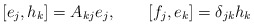
\begin{align*}\left[ e_j,h_k \right]=A_{kj}e_j,\qquad \left[ f_j,e_k\right]=\delta _{jk}h_k\end{align*}